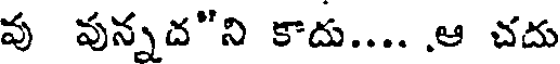
వు వున్నద"ని కాదు.... .ఆ చదు